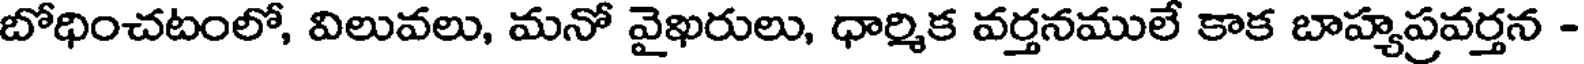
బోధించటంలో, విలువలు, మనో వైఖరులు, ధార్మిక వర్తనములే కాక బాహ్యప్రవర్తన -